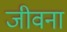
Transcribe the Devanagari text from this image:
जीवना